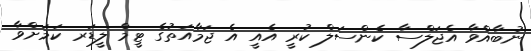
ނުބާއްވާ އެޖަލްސާ ކެންސަލް ކުރީ އެއީ އެ ޖަމާއަތުގެ ޓީމް ލީޑަރ ކަމަށްވާ